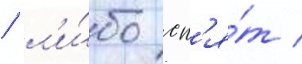
/ л'и́бо сп'я́т /